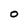
Character: O